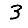
Digit: 3